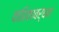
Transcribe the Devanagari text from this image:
वाहिकावर्धन